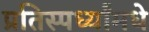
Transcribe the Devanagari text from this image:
प्रतिस्पर्ध्यांमधे